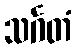
သင်္ဂတံ